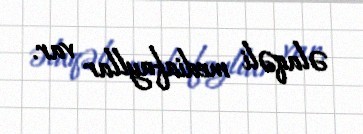
əlaqəli mediafayllar var.